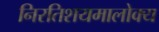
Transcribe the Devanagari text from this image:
निरतिशयमालोक्य